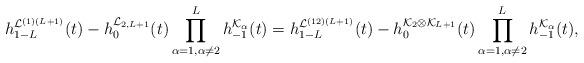
LaTeX: \begin{align*}h_{1-L}^{\mathcal{L}^{(1)(L+1)}}(t)-h_{0}^{\mathcal{L}_{2,L+1}}(t)\prod_{\alpha=1,\alpha\neq2}^Lh_{-1}^{\mathcal{K}_\alpha}(t)=h_{1-L}^{\mathcal{L}^{(12)(L+1)}}(t)-h_{0}^{\mathcal{K}_2\otimes\mathcal{K}_{L+1}}(t) \prod_{\alpha=1,\alpha\neq2}^Lh_{-1}^{\mathcal{K}_\alpha}(t),\end{align*}